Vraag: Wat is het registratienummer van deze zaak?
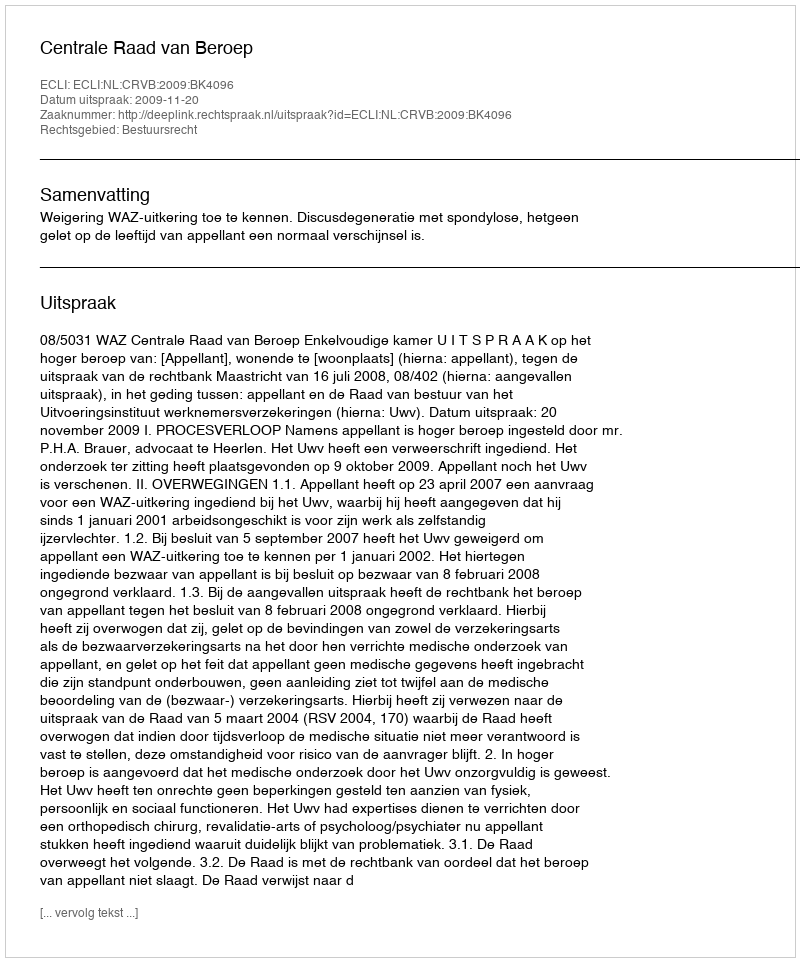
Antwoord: http://deeplink.rechtspraak.nl/uitspraak?id=ECLI:NL:CRVB:2009:BK4096